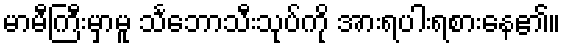
မာမီကြီးမှာမူ သင်္ဘောသီးသုပ်ကို အားရပါးရစားနေ၏။